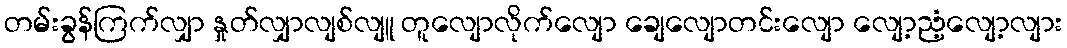
တမ်းခွန်ကြက်လျှာ နှုတ်လျှာလျစ်လျူ တူလျောလိုက်လျော ချေလျောတင်းလျော လျော့ညံ့လျော့လျား